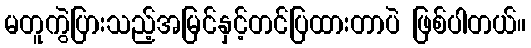
မတူကွဲပြားသည့်အမြင်နှင့်တင်ပြထားတာပဲ ဖြစ်ပါတယ်။